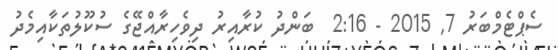
ސެޕްޓެމްބަރު 7